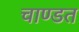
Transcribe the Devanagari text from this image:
चाण्डत